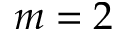
m = 2